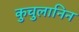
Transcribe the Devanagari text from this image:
कुचुलानिन